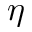
\eta